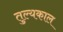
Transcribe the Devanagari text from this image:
तुल्यकाल